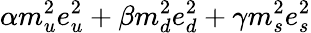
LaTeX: \alpha m_{u}^{2}e_{u}^{2}+\beta m_{d}^{2}e_{d}^{2}+\gamma m_{s}^{2}e_{s}^{2}